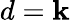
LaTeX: d=\mathbf{k}